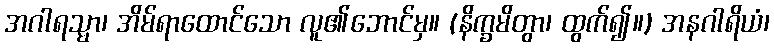
အဂါရသ္မာ၊ အိမ်ရာထောင်သော လူ၏ဘောင်မှ။ (နိက္ခမိတွာ၊ ထွက်၍။) အနဂါရိယံ၊